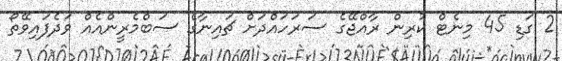
2 ގަޑި 45 މިނެޓް ކުރިން ރާއްޖޭގެ ސަރަހައްދަށް ޗައިނާގެ ސަބްމެރީންއެއް ވަދެފައިވޭތޯ